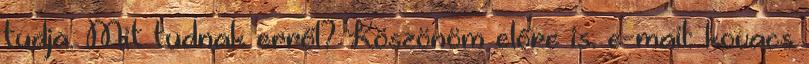
tudja. Mit tudnak erről? Köszönöm előre is. e-mail: kovacs